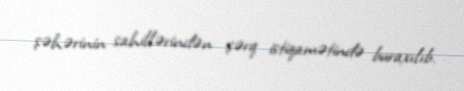
şəhərinin sahillərindən şərq istiqamətində buraxılıb.